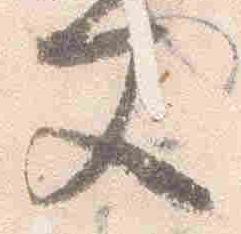
文